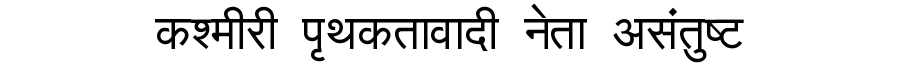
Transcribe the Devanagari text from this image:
कश्मीरी पृथकतावादी नेता असंतुष्ट